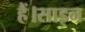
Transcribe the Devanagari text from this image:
हैं।साइन